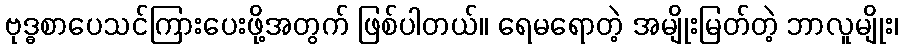
ဗုဒ္ဓစာပေသင်ကြားပေးဖို့အတွက် ဖြစ်ပါတယ်။ ရေမရောတဲ့ အမျိုးမြတ်တဲ့ ဘာလူမျိုး၊